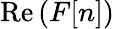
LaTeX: \operatorname{Re}{(F[n])}